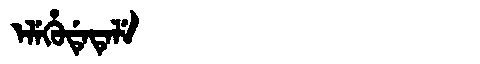
Manchu: ᡝᠯᡝᡥᡠᡩᡝᡨᡝᠯᡝ
Romanization: ELEHUDETELE